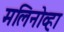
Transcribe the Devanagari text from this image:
मलिनोव्हा